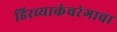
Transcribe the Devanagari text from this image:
हिरव्याकंचरंगाचा